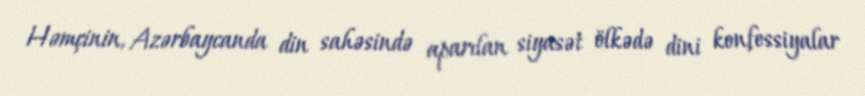
Həmçinin, Azərbaycanda din sahəsində aparılan siyasət ölkədə dini konfessiyalar